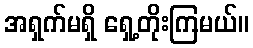
အရှက်မရှိ ရှေ့တိုးကြမယ်။